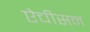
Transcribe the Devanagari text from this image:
ऐचीसन